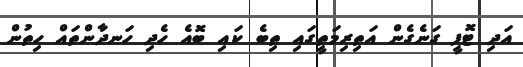
އަދި ޓޮފީ ގަނެގެން އަތިރިމަތީގައި ތިބެ ކައި ބޮއެ ހެދި ހަނދާންތައް ހިތުން